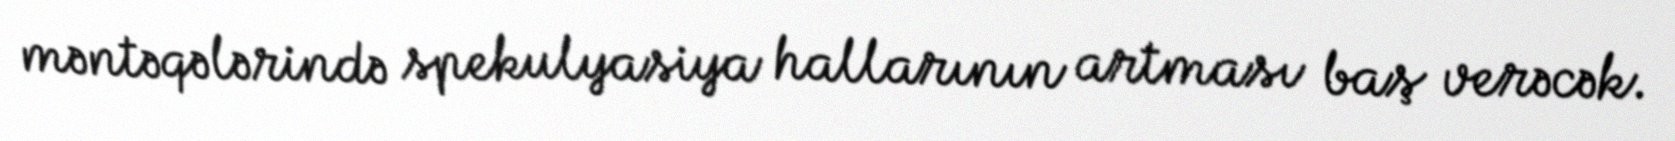
məntəqələrində spekulyasiya hallarının artması baş verəcək.